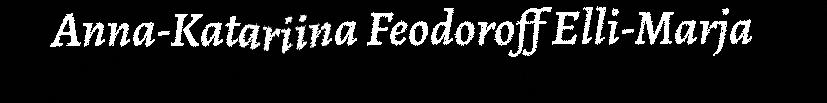
Anna-Katariina Feodoroff Elli-Marja